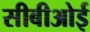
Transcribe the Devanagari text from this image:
सीबीओई